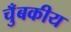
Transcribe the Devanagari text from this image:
चुँबकीय